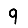
Digit: 9